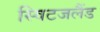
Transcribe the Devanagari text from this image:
स्विटजलैंड